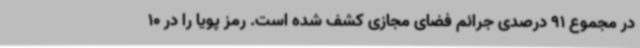
در مجموع 91 درصدی جرائم فضای مجازی کشف شده است. رمز پویا را در 10